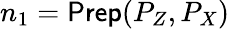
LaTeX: n_{1}=\textsf{Prep}(P_{Z},P_{X})